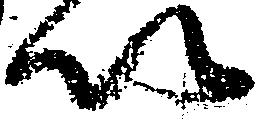
以